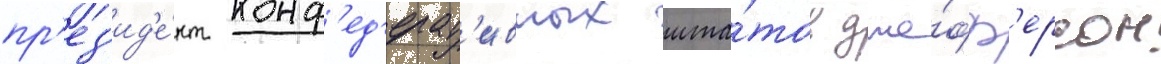
пр'ез'ид'е́нт конф'ед'ерат'ивных шта́тов дже́фф'ерсон